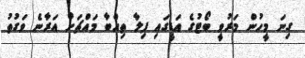
ގިނަ މީހުން މަރުވީ ބޯޓުގެ އަޑީގައި ފިލާ ތިއްބާ މައްޗަށް އަރާނެ ވަގުތު